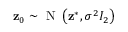
\mathbf { z } _ { 0 } \sim \mathrm { ~ N ~ } \left( \mathbf { z } ^ { \ast } , \sigma ^ { 2 } I _ { 2 } \right)